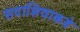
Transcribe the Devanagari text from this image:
सदाशिवाकडे